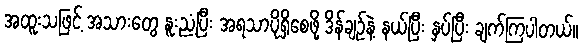
အထူးသဖြင့် အသားတွေ နူးညံ့ပြီး အရသာပိုရှိစေဖို့ ဒိန်ချဉ်နဲ့ နယ်ပြီး နှပ်ပြီး ချက်ကြပါတယ်။